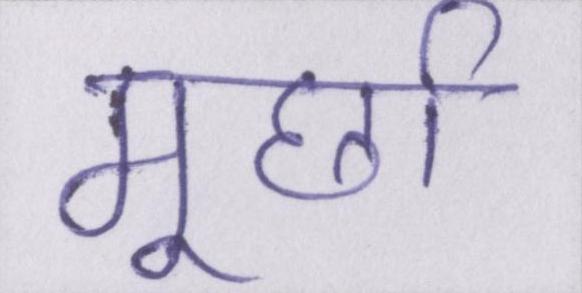
मूर्छा